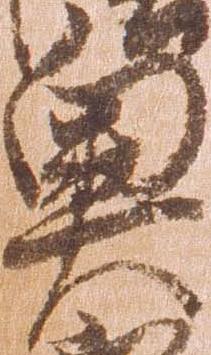
奥